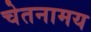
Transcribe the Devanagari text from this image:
चेतनामय